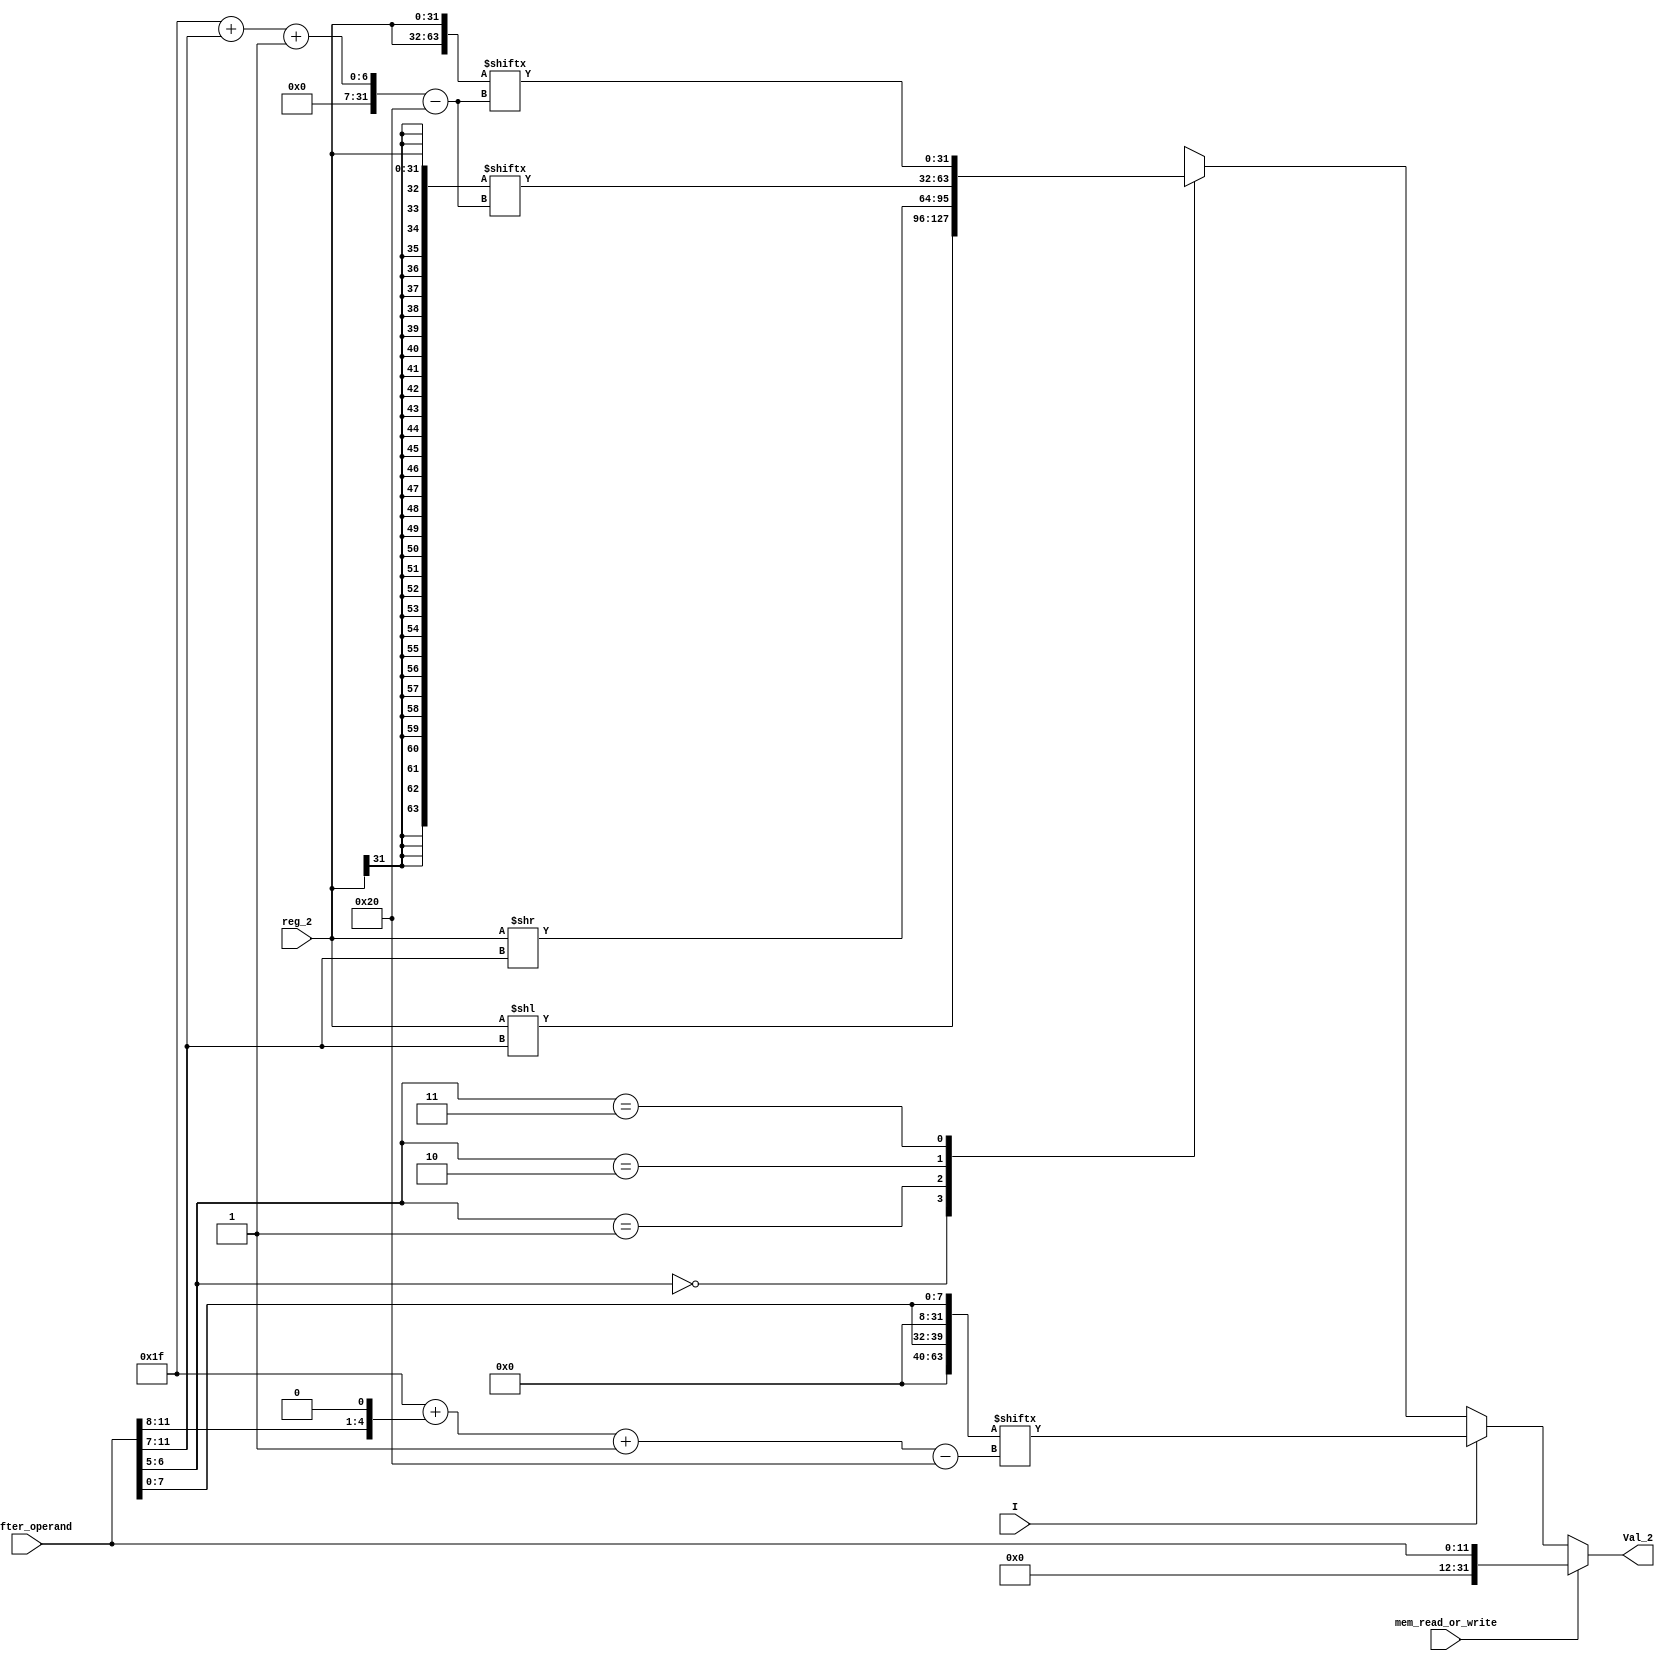
module Val_2_Generator(
    input I, mem_read_or_write,
    input [11 : 0] shifter_operand,
    input [31 : 0] reg_2,
    output reg [31 : 0] Val_2
);
    
    wire [3:0] rotate_immediate;
    wire [7:0] immediate_8;
    wire [1:0] shift;
    wire [4:0] shift_immediate;
    wire [63:0]arithmatic_shift_bus, rotate_bus, immediate_rotate_bus;

    assign rotate_immediate = shifter_operand[11 : 8];
    assign immediate_8 = shifter_operand[7 : 0];
    assign shift_immediate = shifter_operand[11 : 7];
    assign shift = shifter_operand[6 : 5];
    assign arithmatic_shift_bus = {{32{reg_2[31]}}, reg_2};
    assign rotate_bus = {2{reg_2}};
    assign immediate_rotate_bus = {2{{24'b0}, immediate_8}};

    always @* begin
        Val_2 = 32'b0;
        if (mem_read_or_write) begin: STR_LDR // Load Store
            Val_2 = {20'b0, shifter_operand};
        end
        else if (I) begin: immediate
            Val_2 = immediate_rotate_bus[ 31 + (rotate_immediate << 1) -: 32];
        end
        else begin
            case (shift)
                2'b00: begin: LSL // Logical Shift Left
                    Val_2 = reg_2 << shift_immediate;
                end
                2'b01: begin: LSR // Logical Shift Right
                    Val_2 = reg_2 >> shift_immediate;
                
                end
                2'b10: begin: ASR // Arithmatic Shift Right
                    Val_2 = arithmatic_shift_bus[31 + shift_immediate -: 32];
                end
                2'b11: begin: ROR // Rotate Right
                    Val_2 = rotate_bus[31 + shift_immediate -: 32];
                end
            endcase
        end
    end

endmodule